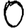
Digit: 0